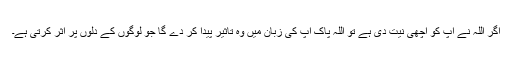
اگر اللہ نے آپ کو اچھی نیت دی ہے تو اللہ پاک آپ کی زبان میں وہ تاثیر پیدا کر دے گا جو لوگوں کے دلوں پر اثر کرتی ہے۔